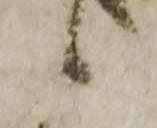
候